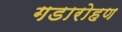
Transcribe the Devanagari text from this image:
गडारोहण